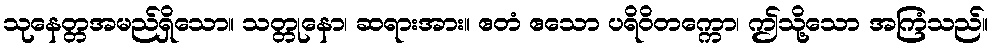
သုနေတ္တအမည်ရှိသော။ သတ္တုနော၊ ဆရားအား။ ဧတံ ဧသော ပရိဝိတက္ကော၊ ဤသို့သော အကြံသည်။